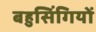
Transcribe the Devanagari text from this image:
बहुसिंगियों